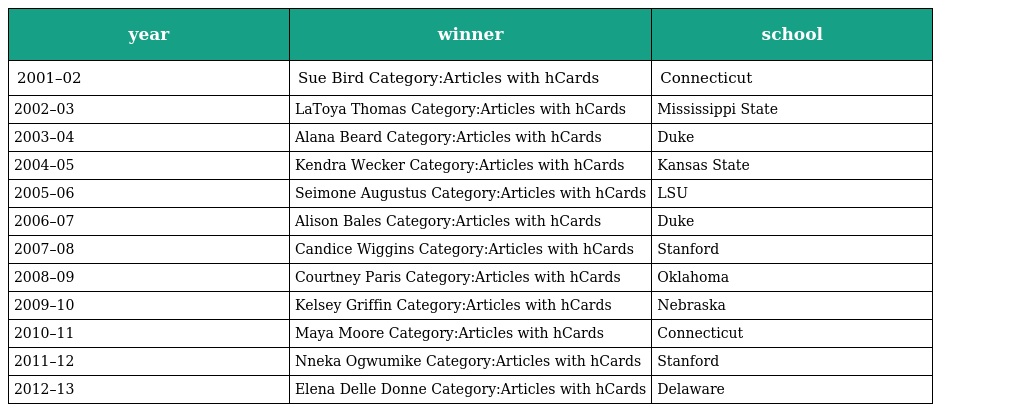
| year | winner | school |
 | --- | --- | --- |
 | 2001–02 | Sue Bird Category:Articles with hCards | Connecticut |
 | 2002–03 | LaToya Thomas Category:Articles with hCards | Mississippi State |
 | 2003–04 | Alana Beard Category:Articles with hCards | Duke |
 | 2004–05 | Kendra Wecker Category:Articles with hCards | Kansas State |
 | 2005–06 | Seimone Augustus Category:Articles with hCards | LSU |
 | 2006–07 | Alison Bales Category:Articles with hCards | Duke |
 | 2007–08 | Candice Wiggins Category:Articles with hCards | Stanford |
 | 2008–09 | Courtney Paris Category:Articles with hCards | Oklahoma |
 | 2009–10 | Kelsey Griffin Category:Articles with hCards | Nebraska |
 | 2010–11 | Maya Moore Category:Articles with hCards | Connecticut |
 | 2011–12 | Nneka Ogwumike Category:Articles with hCards | Stanford |
 | 2012–13 | Elena Delle Donne Category:Articles with hCards | Delaware |